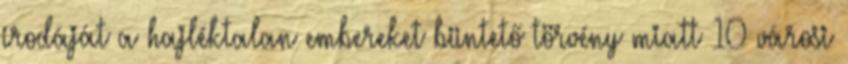
irodáját a hajléktalan embereket büntető törvény miatt 10 városi